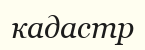
кадастр